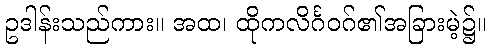
ဥဒါန်းသည်ကား။ အထ၊ ထိုကလိင်္ဂဝဂ်၏အခြားမဲ့၌။